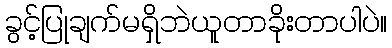
ခွင့်ပြုချက်မရှိဘဲယူတာခိုးတာပါပဲ။